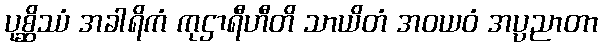
ပုစ္ဆိဿံ အခါရိကံ ကုဌာရီဟီတိ သာယိတံ အဝယဝံ အပ္ပညာတာ